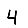
Digit: 4